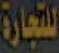
للتجارة